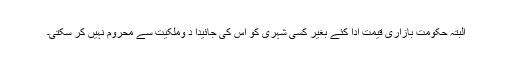
البتہ حکومت بازاری قیمت ادا کئے بغیر کسی شہری کو اس کی جائیدا د وملکیت سے محروم نہیں کر سکتی۔